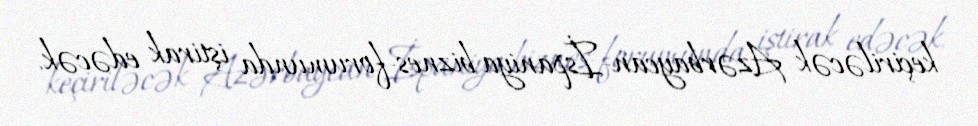
keçiriləcək Azərbaycan-İspaniya biznes-forumunda iştirak edəcək.